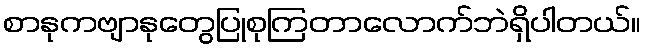
စာနုကဗျာနုတွေပြုစုကြတာလောက်ဘဲရှိပါတယ်။